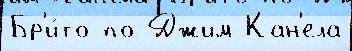
Бр'и́то по Джим Кан'ела